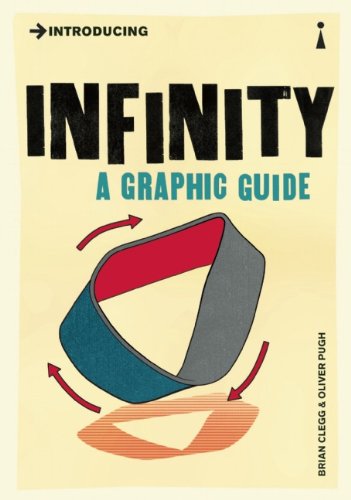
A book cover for Introducing Infinity: A Graphic Guide; Brian Clegg; Science & Math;